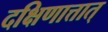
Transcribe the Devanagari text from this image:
दक्षिणात्तात्